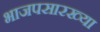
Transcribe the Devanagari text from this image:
भाजपसारख्या